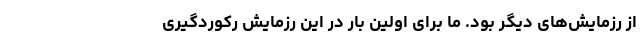
از رزمایش‌های دیگر بود. ما برای اوّلین بار در این رزمایش رکوردگیری